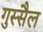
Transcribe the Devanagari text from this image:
गुस्सैल